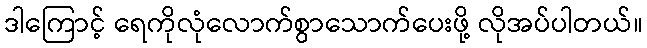
ဒါကြောင့် ရေကိုလုံလောက်စွာသောက်ပေးဖို့ လိုအပ်ပါတယ်။